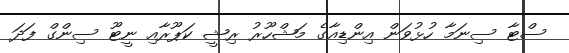
ސްޓާ ސިނަމާ ހުޅުވަން އިންޑިއާގެ މަޝްހޫރު ރިޝީ ކަޕޫރާއި ނީޓޫ ސިންގް ފަދަ